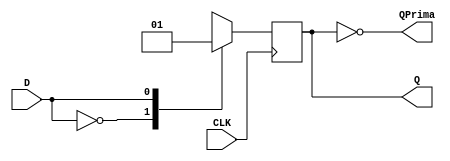
`timescale 1ns/100ps
//Flip-Flop D Master-Slave
module DFF(
   input D,
   output reg Q,
   output QPrima,
   input CLK);

   assign QPrima = ~Q;

   always @(posedge CLK)
   case ({D})
   	1'b0 : Q = 1'b0;  //Reset
    1'b1 : Q = 1'b1;  //Set
   endcase

endmodule